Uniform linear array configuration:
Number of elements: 64
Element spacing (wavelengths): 1
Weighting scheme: kaiser
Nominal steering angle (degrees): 60
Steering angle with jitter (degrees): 60.75
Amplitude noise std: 0.05
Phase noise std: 0.05

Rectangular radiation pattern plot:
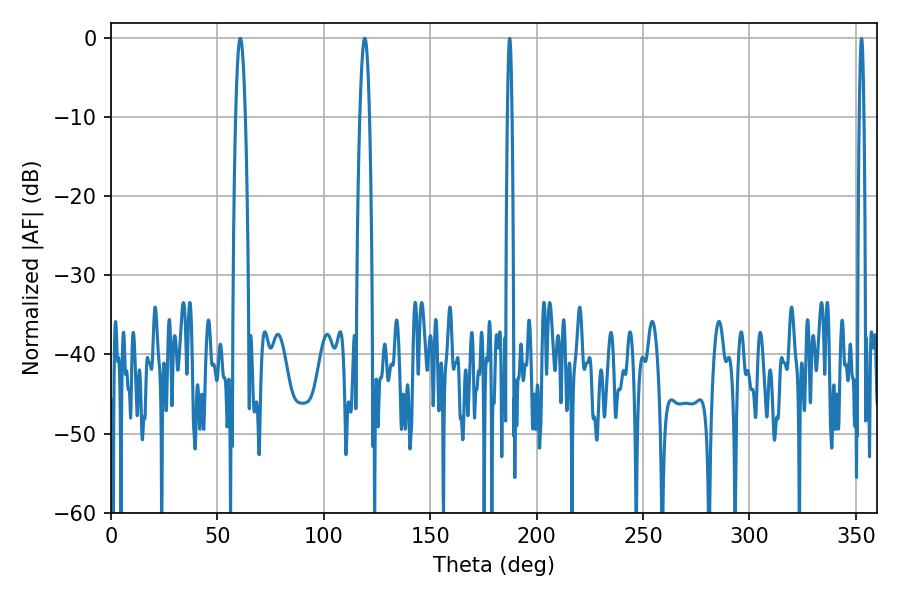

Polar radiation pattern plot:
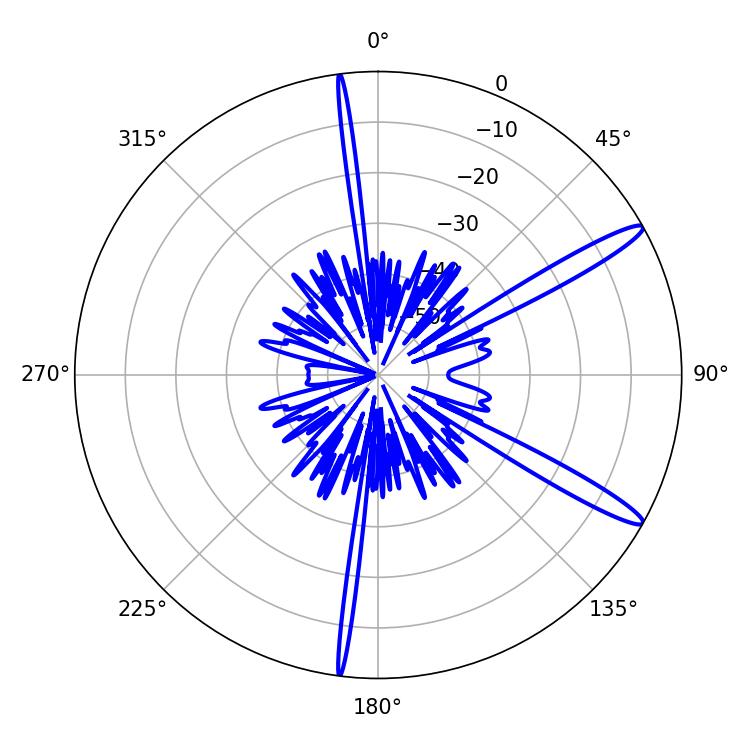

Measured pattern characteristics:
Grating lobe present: TRUE
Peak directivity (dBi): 14.132
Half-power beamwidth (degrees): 2.34
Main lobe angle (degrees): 60.66